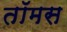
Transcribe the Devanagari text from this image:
तॉमस